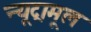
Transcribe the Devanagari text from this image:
न्यूट्रामूल